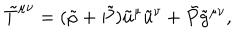
\tilde { T } ^ { \mu \nu } = ( \tilde { \rho } + \tilde { P } ) \tilde { u } ^ { \mu } \tilde { u } ^ { \nu } + \tilde { P } \tilde { g } ^ { \mu \nu } ,